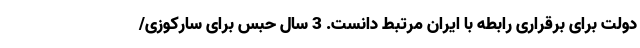
دولت برای برقراری رابطه با ایران مرتبط دانست. 3 سال حبس برای سارکوزی/